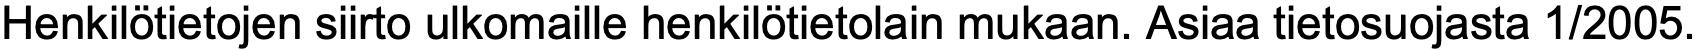
Henkilötietojen siirto ulkomaille henkilötietolain mukaan. Asiaa tietosuojasta 1/2005.